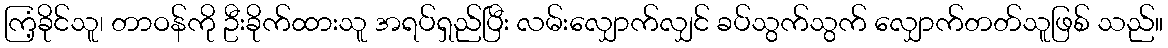
ကြံ့ခိုင်သူ၊ တာဝန်ကို ဦးခိုက်ထားသူ အရပ်ရှည်ပြီး လမ်းလျှောက်လျှင် ခပ်သွက်သွက် လျှောက်တတ်သူဖြစ် သည်။